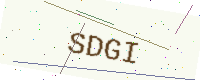
Text: SDGI